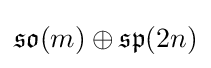
{\mathfrak {so}}(m)\oplus {\mathfrak {sp}}(2n)